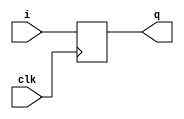
`timescale 1ns / 1ps
//////////////////////////////////////////////////////////////////////////////////
// Company: 
// Engineer: 
// 
// Design Name: 
// Module Name:    pip0_4 
// Project Name: 
// Target Devices: 
// Tool versions: 
// Description: 
//
// Dependencies: 
//
// Revision: 
// Revision 0.01 - File Created
// Additional Comments: 
//
//////////////////////////////////////////////////////////////////////////////////
module pip0_4(q, i, clk);
	input clk;
	input [3:0]i;
	output reg [3:0]q;
	
	always @(posedge clk)
		q <= i;

endmodule